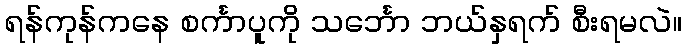
ရန်ကုန်ကနေ စင်္ကာပူကို သင်္ဘော ဘယ်နှရက် စီးရမလဲ။